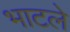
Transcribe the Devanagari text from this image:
भाटले